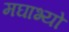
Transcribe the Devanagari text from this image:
मघाभ्यो